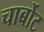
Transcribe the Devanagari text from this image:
चार्बोट